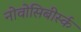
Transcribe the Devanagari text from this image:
नोवोसिबीर्स्क